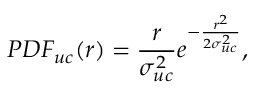
P D F _ { u c } ( r ) = \frac { r } { \sigma _ { u c } ^ { 2 } } e ^ { - \frac { r ^ { 2 } } { 2 \sigma _ { u c } ^ { 2 } } } ,